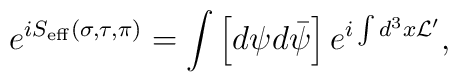
e^{iS_{\rm eff}(\sigma,\tau,\pi)}=\int\left[d\psi d\bar\psi\right]e^{i\int d^3x {\cal L}^{\prime}},